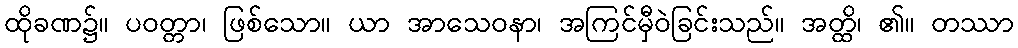
ထိုခဏ၌။ ပဝတ္တာ၊ ဖြစ်သော။ ယာ အာသေဝနာ၊ အကြင်မှီဝဲခြင်းသည်။ အတ္ထိ၊ ၏။ တဿာ